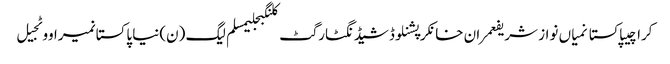
کراچیپاکستانمیاں نواز شریفعمران خانکرپشنلوڈشیڈنگٹارگٹ کلنگبجلیمسلم لیگ (ن)نیا پاکستانمیراووٹجیل